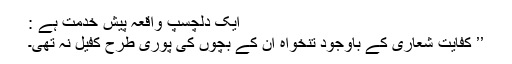
ایک دلچسپ واقعہ پیش خدمت ہے :
’’ کفایت شعاری کے باوجود تنخواہ ان کے بچوں کی پوری طرح کفیل نہ تھی۔